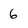
Character: 6